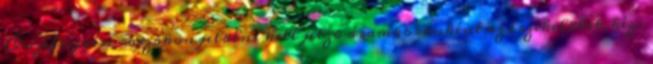
Összefüggési rajzokon jelölni kell jelzõ áramkörönként az érzékelõket, kézi